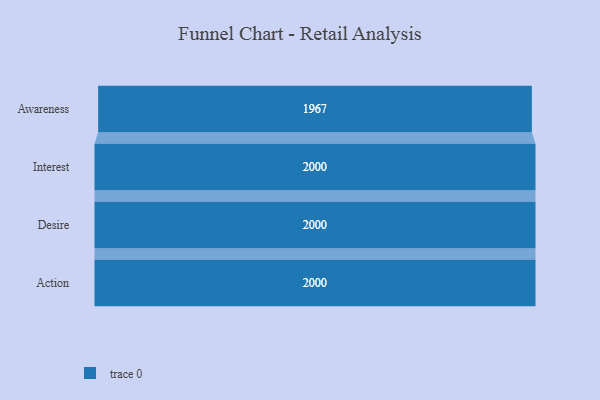
{"axis": {"x": "Stage", "y": "Value"}, "legend": [""], "data": [{"x": "Awareness", "y": 1967.0, "type": ""}, {"x": "Interest", "y": 2000, "type": ""}, {"x": "Desire", "y": 2000, "type": ""}, {"x": "Action", "y": 2000, "type": ""}]}